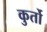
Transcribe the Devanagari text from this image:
कुर्तो